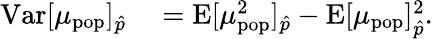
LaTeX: \begin{array}{rl}{\mathrm{Var}[\mu_{\mathrm{pop}}]_{\hat{p}}}&{{}=\mathrm{E}[\mu_{\mathrm{pop}}^{2}]_{\hat{p}}-\mathrm{E}[\mu_{\mathrm{pop}}]_{\hat{p}}^{2}.}\end{array}